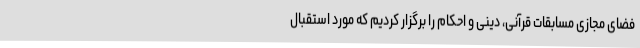
فضای مجازی مسابقات قرآنی، دینی و احکام را برگزار کردیم که مورد استقبال